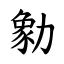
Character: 勨